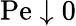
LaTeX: \mathrm{Pe}\downarrow 0